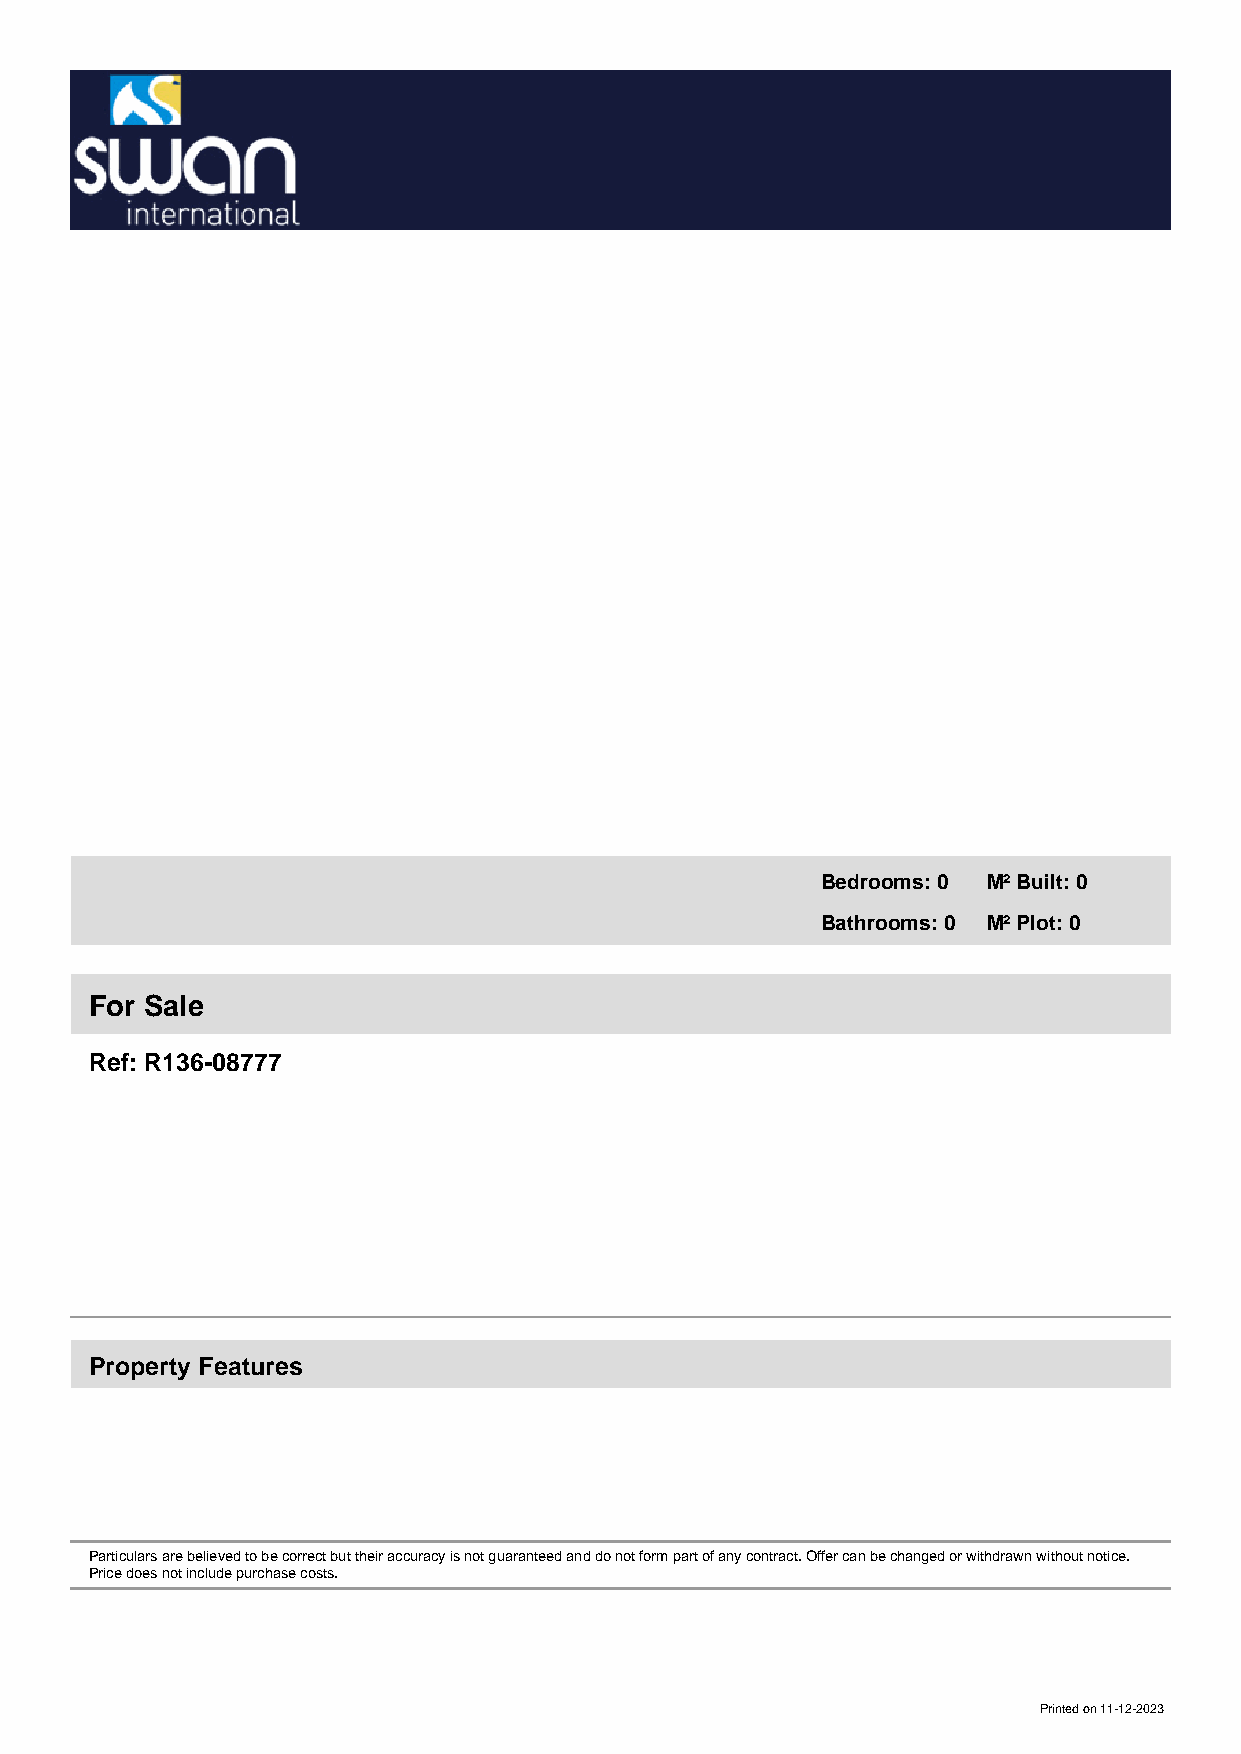
Bedrooms: 0 M² Built: 0
 Bathrooms: 0 M² Plot: 0
 For Sale
 Ref: R136-08777
 Property Features
 Particulars are believed to be correct but their accuracy is not guaranteed and do not form part of any contract. Offer can be changed or withdrawn without notice.
 Price does not include purchase costs.
 Printed on 11-12-2023